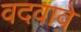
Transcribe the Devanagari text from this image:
वदवावे